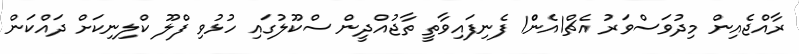
ރާއްޖެއިން މިދުވަސްވަރު އެޗް1އެންް1 ފެނިފައިވާތީ ތާޖުއްދީން ސްކޫލުގައި ހުޅުވި ފްލޫ ކްލިނިކަށް ދައްކަން